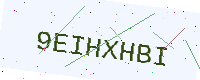
Text: 9EIHXHBI